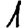
Digit: 1